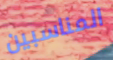
المناسبين